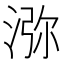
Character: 㳽